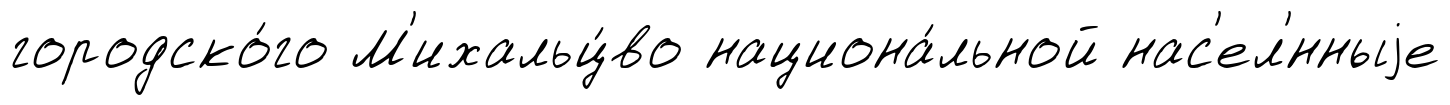
городско́го М'ихальц́во национа́льной нас'ел'́нныjе